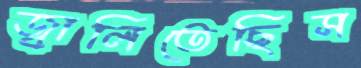
জ্বালিতেছিস